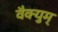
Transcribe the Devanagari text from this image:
वैक्युम्